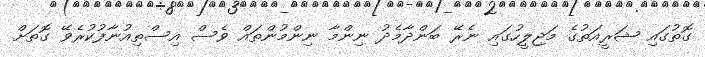
ގޮތުގައި ޝަރީއަތުގެ މަޖިލީހުގައި ނެރޭ ބަންދާމެދު ނިންމާ ނިންމުންތައް ވެސް އިސްތިއުނާފުކުރެވޭ ގޮތަށް